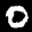
Label: 0